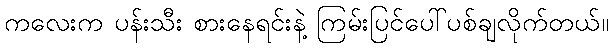
ကလေးက ပန်းသီး စားနေရင်းနဲ့ ကြမ်းပြင်ပေါ်ပစ်ချလိုက်တယ်။